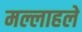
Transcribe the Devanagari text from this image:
मल्लाहले